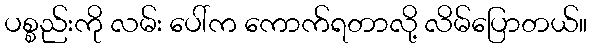
ပစ္စည်းကို လမ်း ပေါ်က ကောက်ရတာလို့ လိမ်ပြောတယ်။